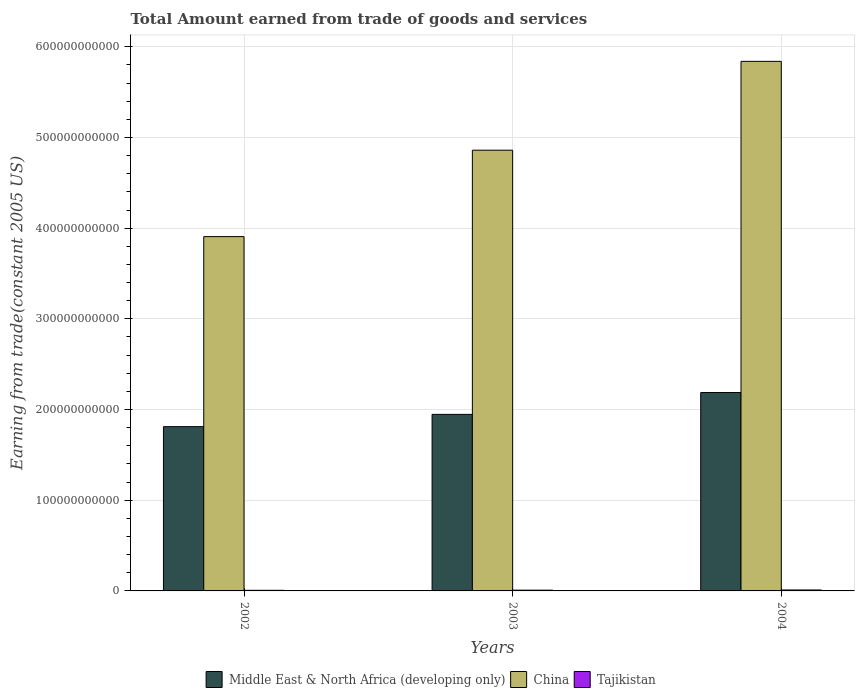
| Years | Middle East & North Africa (developing only) | China | Tajikistan |
 | --- | --- | --- | --- |
 | 2002 | 1.81e+11 | 3.91e+11 | 6.73e+08 |
 | 2003 | 1.95e+11 | 4.86e+11 | 8.32e+08 |
 | 2004 | 2.19e+11 | 5.84e+11 | 1.05e+09 |